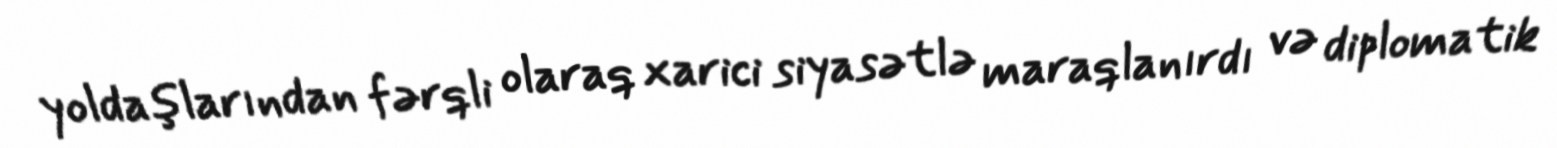
yoldaşlarından fərqli olaraq xarici siyasətlə maraqlanırdı və diplomatik